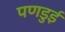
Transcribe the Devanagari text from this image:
पणडुई